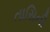
તાસિની